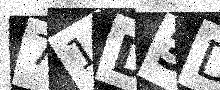
Text: 71D3DC